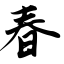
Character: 春